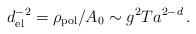
LaTeX: \begin{align*}d_{\rm el}^{-2} = \rho_{\rm pol}/A_0 \sim g^2Ta^{2-d} \, .\end{align*}